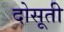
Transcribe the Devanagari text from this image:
दोसूती